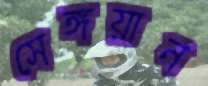
সেঙ্গয়ান